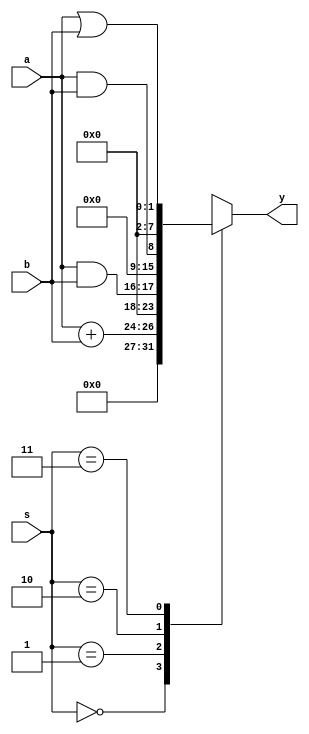
module al1u(y,a,b,s);
output reg [7:0]y;
input [1:0]a,b,s;
always @(a,b,s)

case(s)
  2'b00:y <= a+b;
  2'b01:y <= a&b;
  2'b10:y <= a&&b;
  2'b11:y <= a|b;
endcase
   endmodule